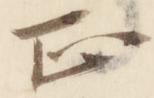
正